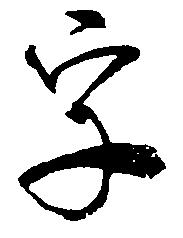
字